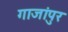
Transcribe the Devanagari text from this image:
गाजांपुर